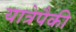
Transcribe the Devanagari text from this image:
यात्रेपैकी